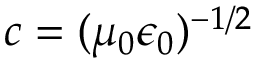
c = ( \mu _ { 0 } \epsilon _ { 0 } ) ^ { - 1 / 2 }